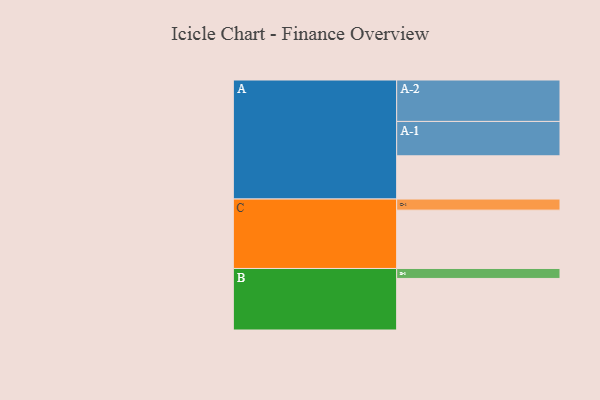
{"axis": {"x": "Segment", "y": "Value"}, "legend": ["", "A", "B", "C"], "data": [{"x": "A", "y": 312, "type": ""}, {"x": "B", "y": 372, "type": ""}, {"x": "C", "y": 421, "type": ""}, {"x": "A-1", "y": 248, "type": "A"}, {"x": "A-2", "y": 299, "type": "A"}, {"x": "B-1", "y": 72, "type": "B"}, {"x": "C-1", "y": 80, "type": "C"}]}